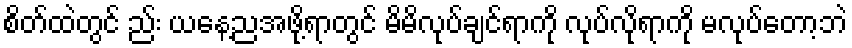
စိတ်ထဲတွင် ည်း ယနေ့ညအဖို့ရာတွင် မိမိလုပ်ချင်ရာကို လုပ်လိုရာကို မလုပ်တော့ဘဲ